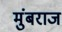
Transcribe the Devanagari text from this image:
मुंबराज